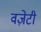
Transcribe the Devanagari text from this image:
वज़ेटी